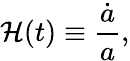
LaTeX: \mathcal{H}(t)\equiv{\frac{{\dot{{a}}}}{{a}}},